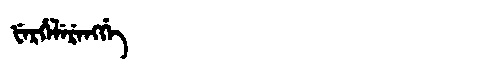
Manchu: ᡶᡝᡵᡥᡝᠯᡝᡵᡝᠩᡤᡝ
Romanization: FERHELERENGGE